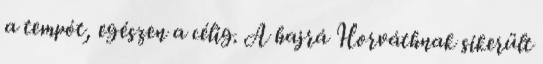
a tempót, egészen a célig. A hajrá Horváthnak sikerült